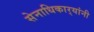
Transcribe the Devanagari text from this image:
सेनाधिकार्‍यांनी